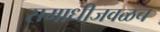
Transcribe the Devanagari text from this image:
समाधीजवळच